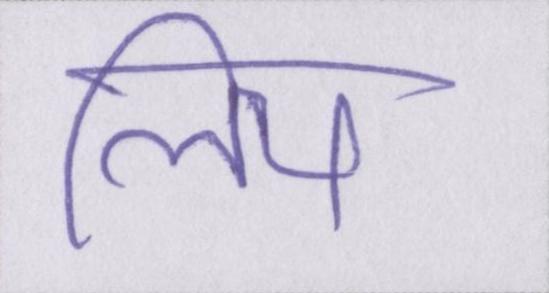
लिय